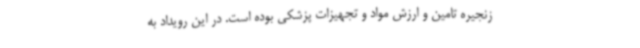
زنجیره تامین و ارزش مواد و تجهیزات پزشکی بوده است. در این رویداد به